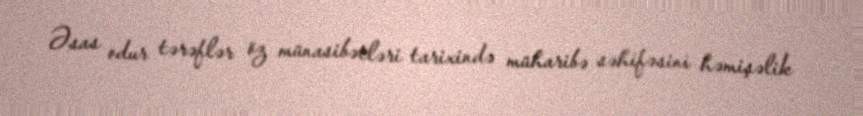
Əsas odur tərəflər öz münasibətləri tarixində müharibə səhifəsini həmişəlik